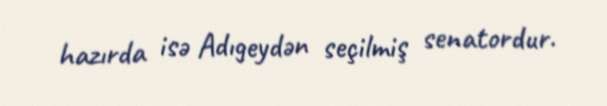
hazırda isə Adıgeydən seçilmiş senatordur.